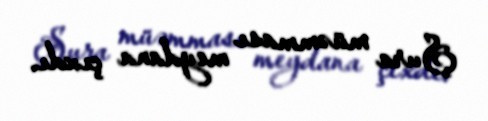
Şura müəmması meydana çıxdı.